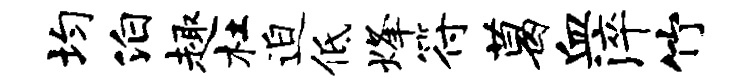
均泊趣杜迫低烽符葛血淬竹